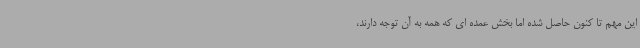
این مهم تا کنون حاصل شده اما بخش عمده ای که همه به آن توجه دارند،